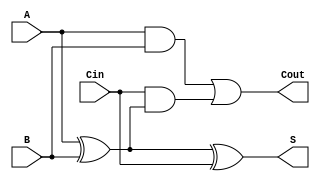
module FullAdder (
    input wire A,        // First input bit
    input wire B,        // Second input bit
    input wire Cin,      // Carry input
    output wire S,       // Sum output
    output wire Cout     // Carry output
);
    assign S = A ^ B ^ Cin;  // Sum is A XOR B XOR Cin
    assign Cout = (A & B) | (Cin & (A ^ B));  // Carry out
endmodule